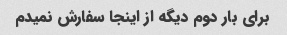
برای بار دوم دیگه از اینجا سفارش نمیدم